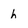
Character: h